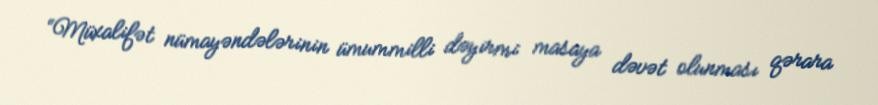
“Müxalifət nümayəndələrinin ümummilli dəyirmi masaya dəvət olunması qərara